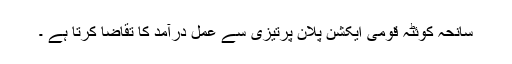
سانحہ کوئٹہ قومی ایکشن پلان پرتیزی سے عمل درآمد کا تقاضا کرتا ہے ۔